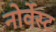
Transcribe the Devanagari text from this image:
नोर्वेस्ट